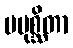
ပမုစ္ဆိတာ